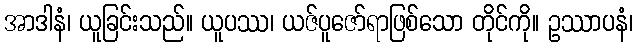
အာဒါနံ၊ ယူခြင်းသည်။ ယူပဿ၊ ယဇ်ပူဇော်ရာဖြစ်သော တိုင်ကို။ ဥဿာပနံ၊